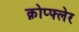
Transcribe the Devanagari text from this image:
क्नोप्फ्लेर